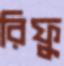
রিফু